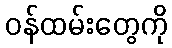
ဝန်ထမ်းတွေကို